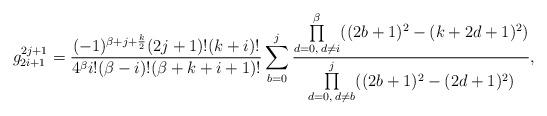
LaTeX: \begin{align*}g_{2i+1}^{2j+1}=\frac{(-1)^{\beta+j+\frac{k}{2}}(2j+1)!(k+i)!}{4^{\beta}i!(\beta-i)!(\beta+k+i+1)!}\sum\limits_{b=0}^{j}\frac{\prod\limits_{d=0,\;d\neq i}^{\beta}((2b+1)^2-(k+2d+1)^2)}{\prod\limits_{d=0,\;d\neq b}^{j}((2b+1)^2-(2d+1)^2)},\end{align*}